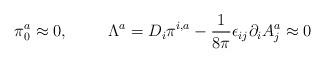
LaTeX: \begin{align*}\pi^{a}_{0} \approx 0, \hspace{1cm} \Lambda^{a} = D_{i}\pi^{i,a} -\frac{1}{8\pi} \epsilon_{ij}\partial_{i}A^{a}_{j} \approx 0\end{align*}